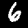
Digit: 6